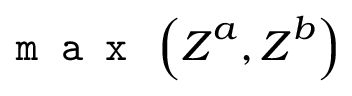
\texttt { m a x } \left( \boldsymbol { Z } ^ { a } , \boldsymbol { Z } ^ { b } \right)